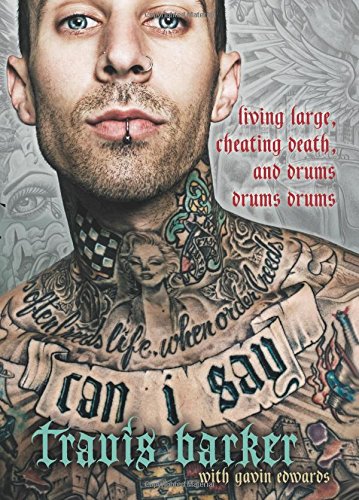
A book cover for Can I Say: Living Large, Cheating Death, and Drums, Drums, Drums; Travis Barker; Humor & Entertainment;